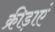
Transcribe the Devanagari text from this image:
क्रीड़ाएं